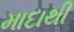
માદાથી